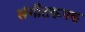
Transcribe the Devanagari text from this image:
संगीतरूपक